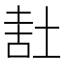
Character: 𰉷